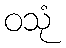
ဝသုံ